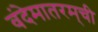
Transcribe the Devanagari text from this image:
वंदेमातरम्‌ची